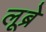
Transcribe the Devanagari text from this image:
लूब्रे